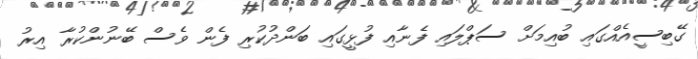
ގޭބިސީއެއްގައި ބުއިމަށް ސަޕްލައި ފެނާއި ފުޅީގައި ބަންދުކުރި ފެން ވެސް ބޭނުންކުރާ އިރު